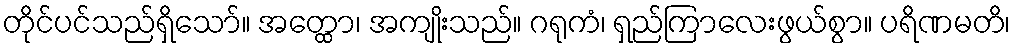
တိုင်ပင်သည်ရှိသော်။ အတ္ထော၊ အကျိုးသည်။ ဂရုကံ၊ ရှည်ကြာလေးဖွယ်စွာ။ ပရိဏမတိ၊